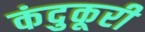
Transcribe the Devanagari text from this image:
कंदुकूरी